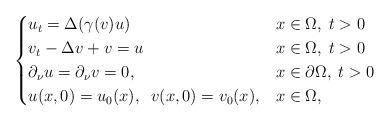
LaTeX: \begin{align*}\begin{cases}u_t=\Delta (\gamma (v)u)&x\in\Omega,\;t>0\\v_t-\Delta v+v=u&x\in\Omega,\;t>0\\\partial_\nu u=\partial_\nu v=0,&x\in\partial\Omega,\;t>0\\u(x,0)=u_0(x),\;\;v(x,0)=v_0(x),& x\in\Omega,\end{cases}\end{align*}